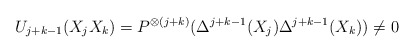
\begin{align*}U_{j+k-1}(X_j X_k)=P^{\otimes(j+k)}(\Delta^{j+k-1}(X_j)\Delta^{j+k-1}(X_k))\not=0\end{align*}